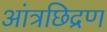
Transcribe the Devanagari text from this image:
आंत्रछिद्रण